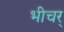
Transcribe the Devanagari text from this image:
भीचर्